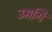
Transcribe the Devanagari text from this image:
उमगि